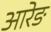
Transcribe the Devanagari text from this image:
आरेङ